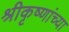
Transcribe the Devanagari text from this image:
श्रीकृष्णांच्या